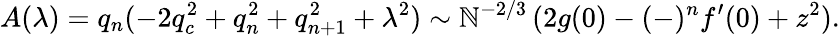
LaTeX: A(\lambda)=q_{n}(-2q_{c}^{2}+q_{n}^{2}+q_{n+1}^{2}+\lambda^{2})\sim\mathbb{N}^{-2/3}\, (2g(0)-(-)^{n}f^{\prime}(0)+z^{2}).